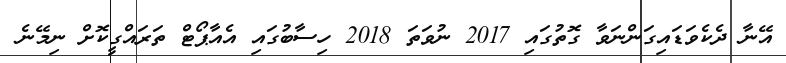
އޭނާ ދެކެވަޑައިގަންނަވާ ގޮތުގައި 2017 ނުވަތަ 2018 ހިސާބުގައި އެއާޕޯޓް ތަރައްގީކޮށް ނިމޭނެ